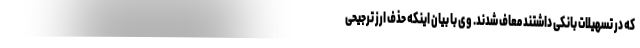
که در تسهیلات بانکی داشتند معاف شدند. وی با بیان اینکه حذف ارز ترجیحی